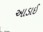
આડાઈ